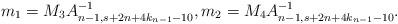
LaTeX: \begin{align*}m_1 =M_3 A^{-1}_{n-1,s+2n+4k_{n-1}-10}, m_{2} = M_4 A^{-1}_{n-1,s+2n+4k_{n-1}-10}.\end{align*}